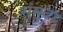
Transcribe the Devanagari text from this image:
संमूढा